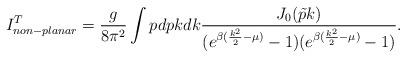
LaTeX: \begin{align*}I_{non-planar}^{T} = \frac{g}{8\pi^2} \int p dp k dk \frac{J_0(\tilde{p} k)}{(e^{\beta(\frac{k^2}{2}-\mu)}-1)(e^{\beta(\frac{k^2}{2}-\mu)}-1)}.\end{align*}